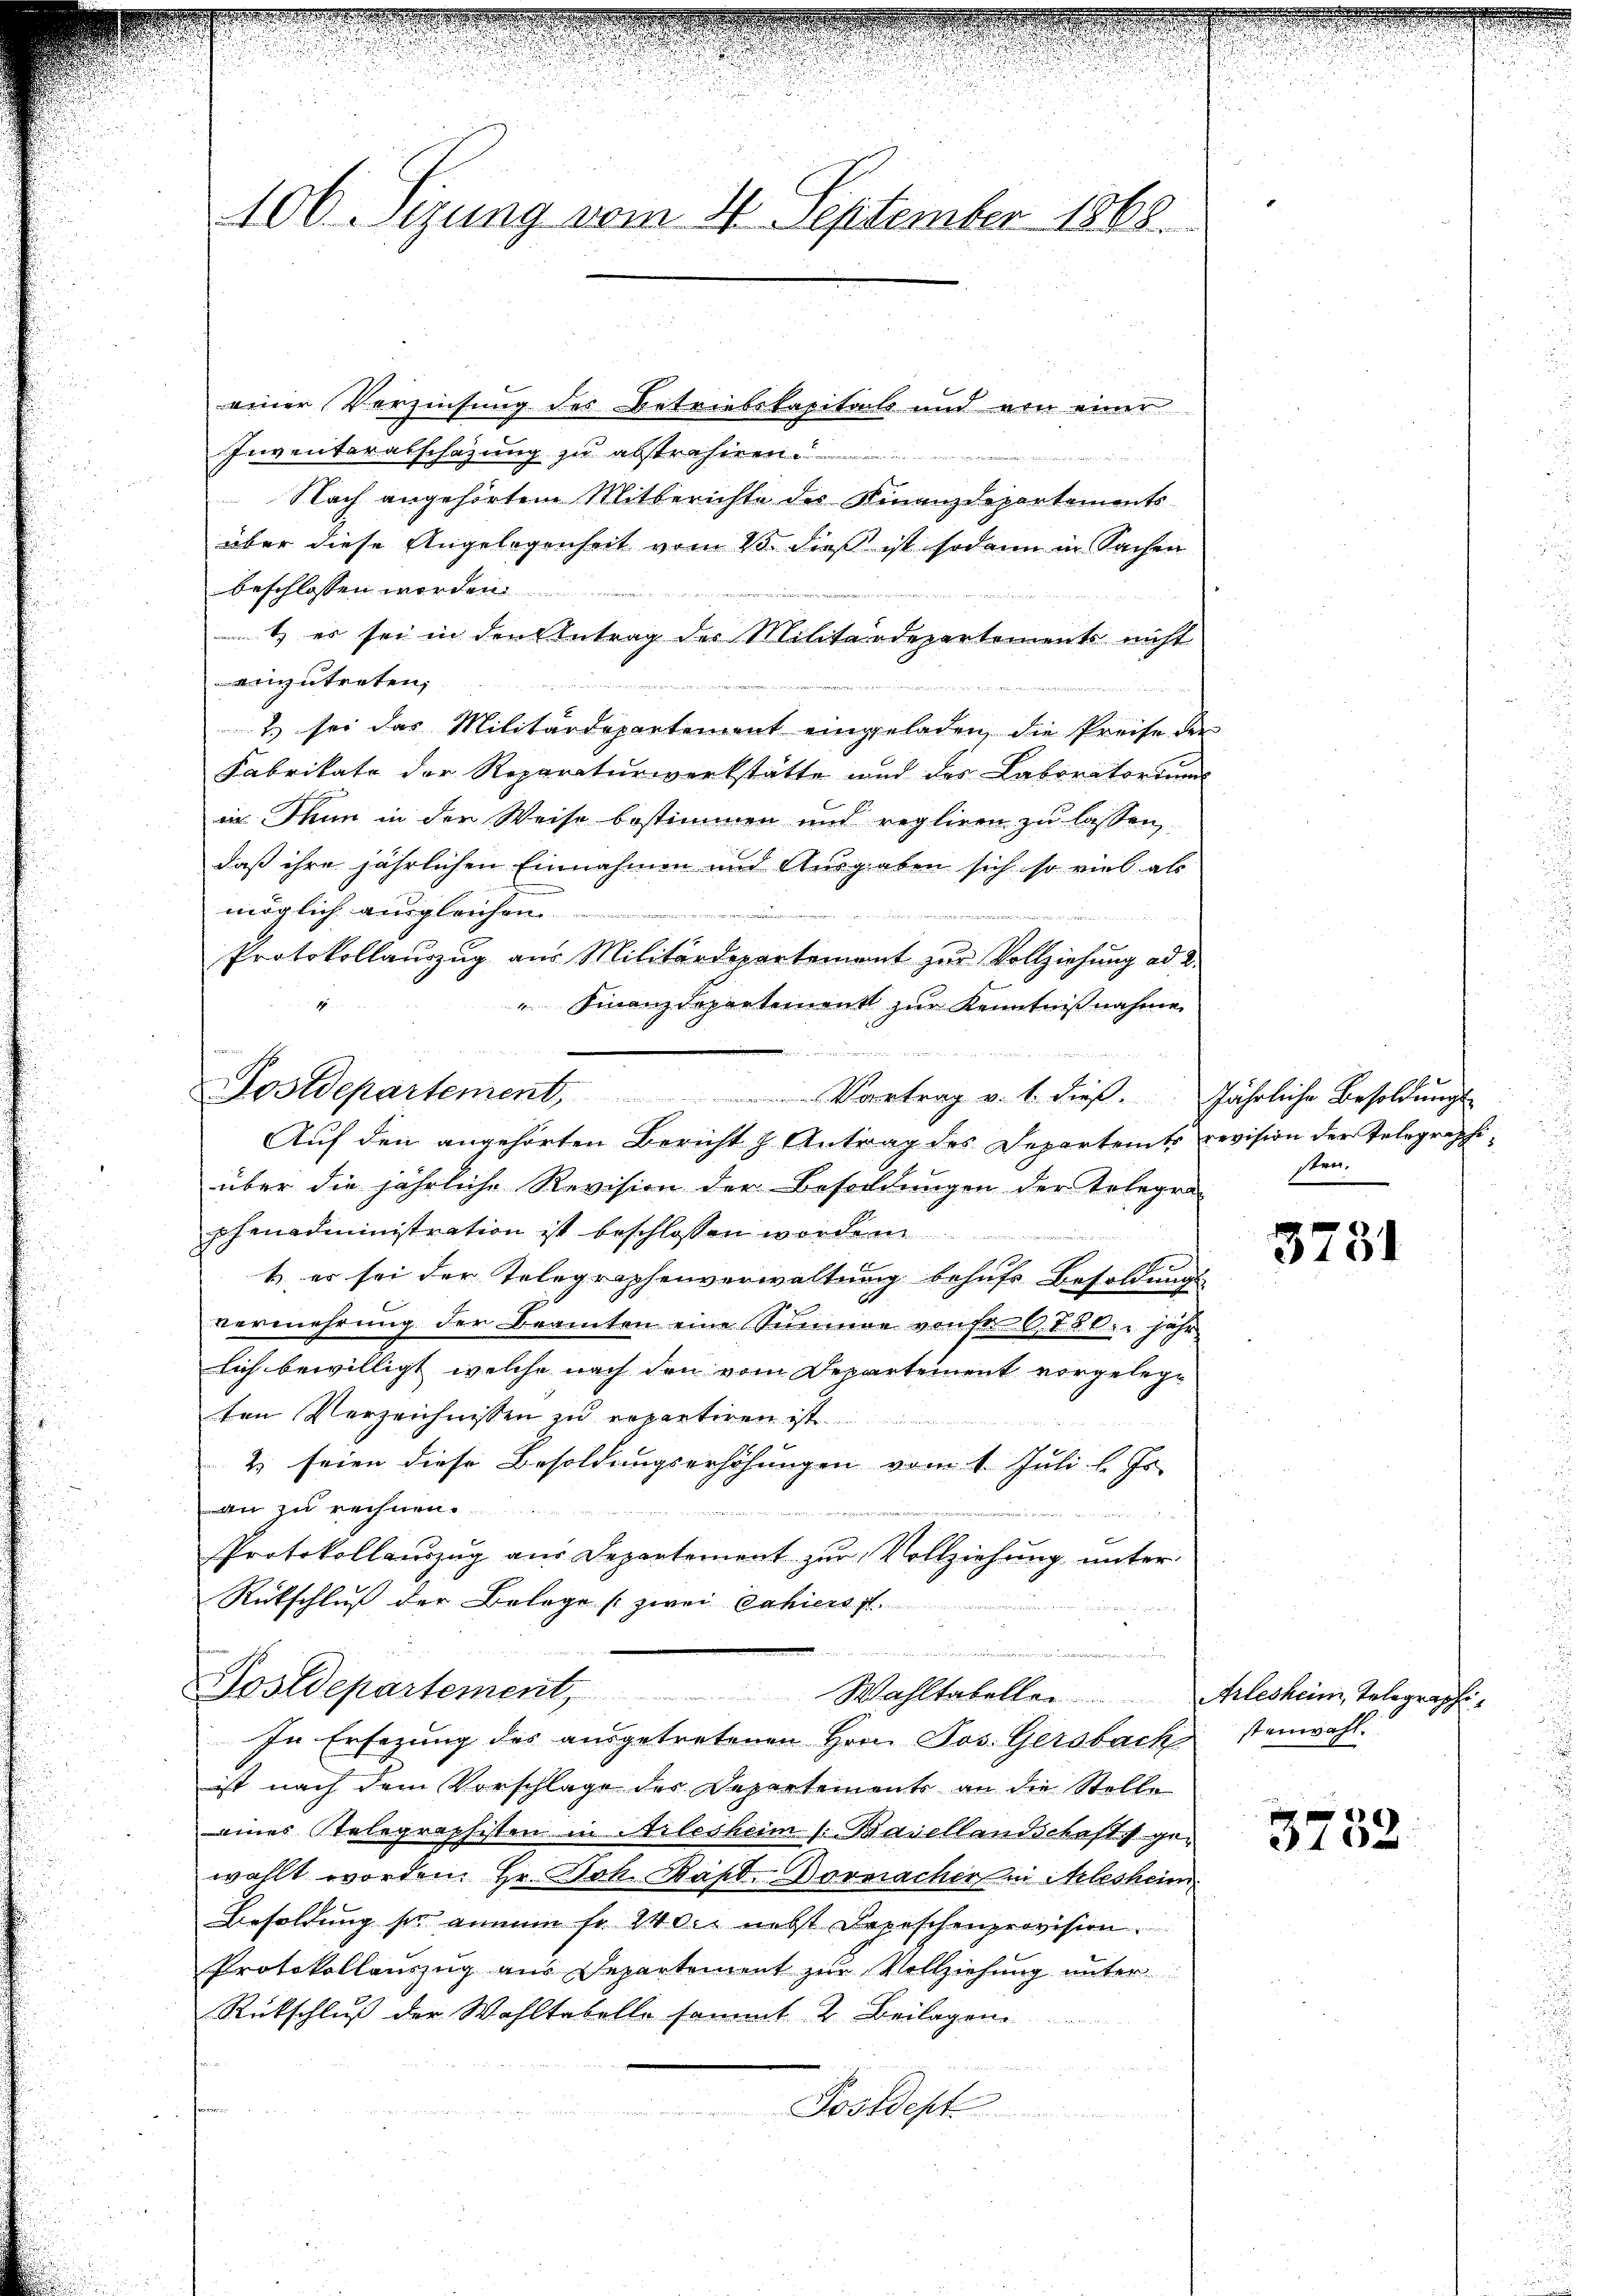
100. Sizung vom 4. September 1868.

einer Verzinsung des Betriebskapitals und von einer
Inventaratschazung zu abstrahiren.
Nach angehörtem Mitberichte des Finanzdepartements
über diese Angelegenheit vom 23. dieß ist sodann in Sachen
beschlossen worden
15
t es sei in den Antrag des Militärdepartements nicht
einzutreten,
2) sei das Militärdepartement eingeladen, die Preise der
Fabrikate der Reparaturwerkstätte und des Laboritoriums
in Thun in der Weise bestimmen und regliren zu lassen,
daß ihre jährlichen Einnahmen und Ausgaben sich so viel als
möglich ausgleichen.
innern einer eine
Protokollauszug aus Militärdepartement zur Vollziehung ad 2.
"Finanzdepartement zur Kenntnißnahme
u

Postdepartement, Vortrag v. 1. dieβ. jährliche Besoldŭngs-
Auf den angehörten Bericht & Antrag des Departents revision der Telegraphiüber die jährliche Revision der Besoldungen der Telegra
schenadministration ist beschlossen worden
b er sei der Telegraphenverwaltung behufe Besoldungs
vermehrung der Beamten eine Summe von Fr. 6180. jähr
lich bewilligt, welche nach den vom Departement vorgelegten Verzeichnissen zu repartiren ist.
2 seien diese Besoldungserhöhungen vom 1. Juli l. Js.
n zu rechnen.
n
centen den die
Protokollauszug aus Departement zur Vollziehung unter
Rückschluß der Belege (zwei Jahiersst

u
Hostdepartement, Wahltabelle.  Arlesheim Telegraphi¬

In Ersezung des ausgetretenen Hrn. Jos. Gersbach

ist nach dem Vorschlage der Departements an die Stelle
eines Stelegraphisten in Arlesheim 1. Basellandschaft gewählt worden. Er Joh. Bapt. Dornacher in Arlesheim
Besoldung sie annum so von nebst Depeschenprovision.
Protokollauszug aus Departement zur Vollziehung unter
Rückschluß der Wahltabelle sammt 2. Beilagen.
v
Jostdept

sten.

3751

stenwahl.

5132